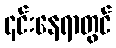
၎င်းနေရာတွင်